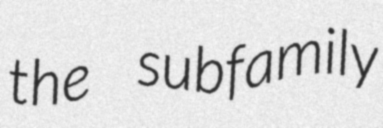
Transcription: the subfamily